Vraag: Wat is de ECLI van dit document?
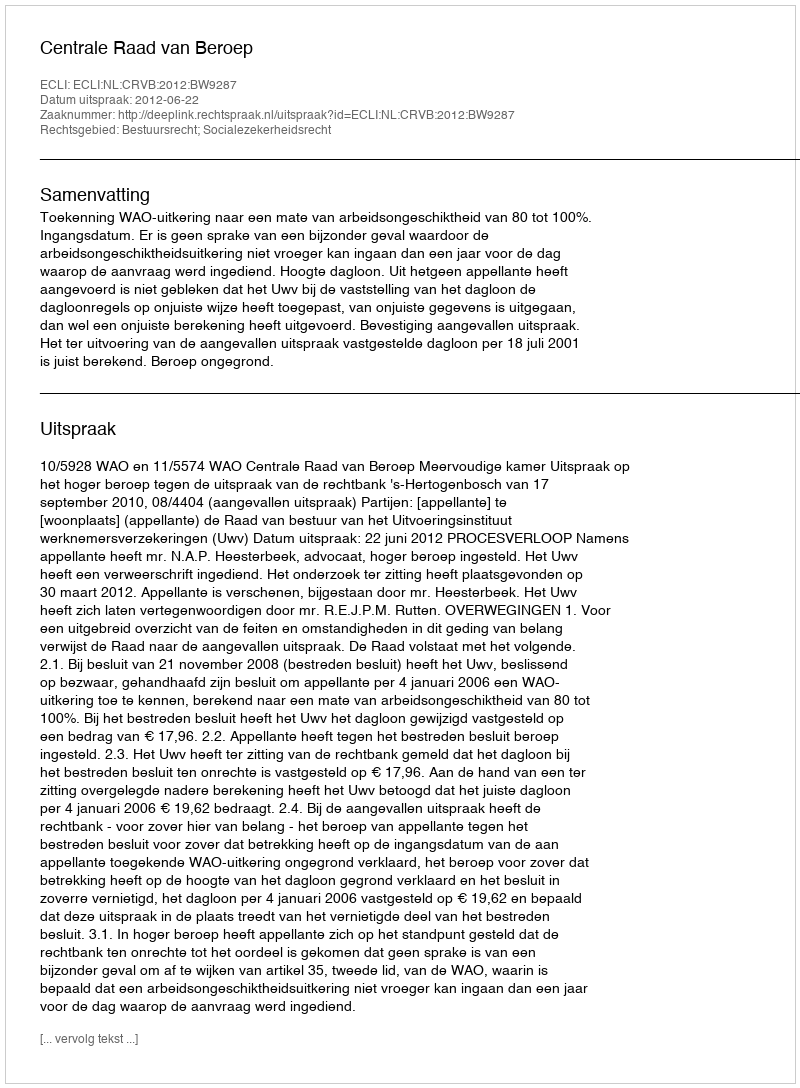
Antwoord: ECLI:NL:CRVB:2012:BW9287